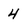
Character: 4